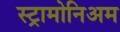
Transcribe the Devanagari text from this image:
स्ट्रामोनिअम